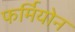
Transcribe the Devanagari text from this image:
फर्मियोन